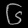
Digit: ၆